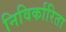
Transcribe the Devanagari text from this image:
निविर्कारिता